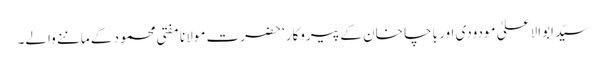
سیّد ابوالاعلیٰ مودودی اور باچا خان کے پیروکار‘ حضرت مولانا مفتی محمود کے ماننے والے۔